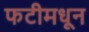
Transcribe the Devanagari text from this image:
फटीमधून